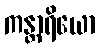
ကန္တာရိယော